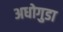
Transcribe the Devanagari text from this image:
अधोगुडा